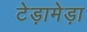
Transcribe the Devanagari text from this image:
टेड़ामेड़ा